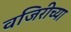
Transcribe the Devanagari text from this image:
वजिरीच्या